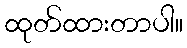
ထုတ်ထားတာပါ။